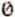
0